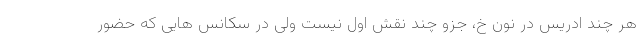
هر چند ادریس در نون خ، جزو چند نقش اول نیست ولی در سکانس هایی که حضور